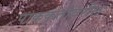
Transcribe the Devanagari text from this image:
पाककृतींवरील